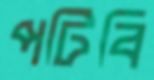
পটিবি